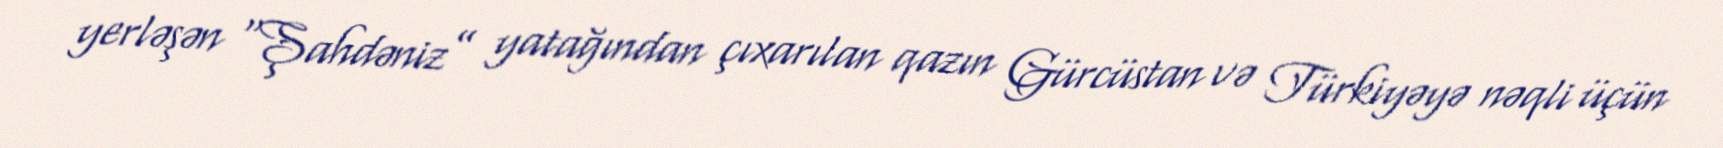
yerləşən “Şahdəniz” yatağından çıxarılan qazın Gürcüstan və Türkiyəyə nəqli üçün